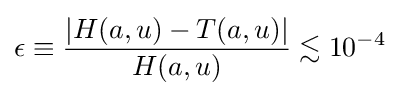
\epsilon \equiv {\frac {\vert H(a,u)-T(a,u)\vert }{H(a,u)}}\lesssim 10^{-4}